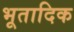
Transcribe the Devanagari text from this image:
भूतादिक